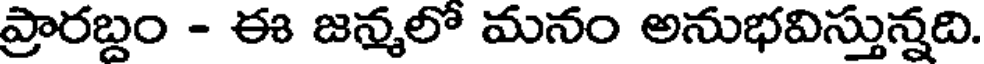
ప్రారబ్దం - ఈ జన్మలో మనం అనుభవిస్తున్నది.